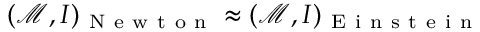
( \mathcal { M } , I ) _ { \mathrm { ~ N ~ e ~ w ~ t ~ o ~ n ~ } } \approx ( \mathcal { M } , I ) _ { \mathrm { ~ E ~ i ~ n ~ s ~ t ~ e ~ i ~ n ~ } }